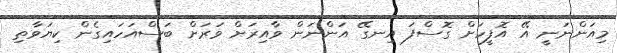
މިއަންނަނީ އޭ އޮފީހަށް ގޮސްފަ އިނގޭ އަންނަން ވާއިރަށް ވަރަށް ބަސްއަހައިގެން ކިޔަވާތި